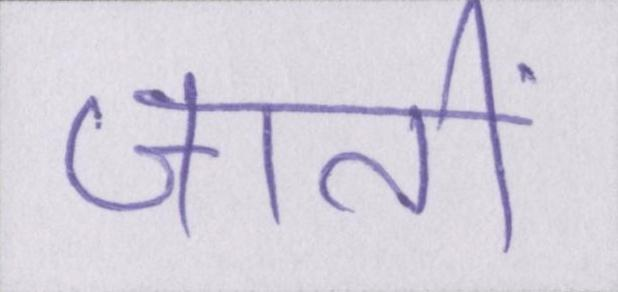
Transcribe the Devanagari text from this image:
जातीं